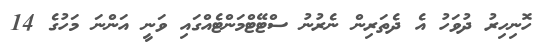
ހޮނިހިރު ދުވަހު އެ ދެތަރިން ނެރުނު ސްޓޭޓްމަންޓެއްގައި ވަނީ އަންނަ މަހުގެ 14